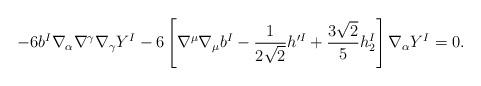
LaTeX: \begin{align*}-6 b^I \nabla_\alpha \nabla^\gamma\nabla_\gamma Y^I-6 \left[\nabla^\mu\nabla_\mu b^I - \frac{1}{2\sqrt{2}} h^{\prime I}+\frac{3\sqrt{2}}{5} h_2^I \right] \nabla_\alpha Y^I =0. \end{align*}